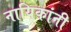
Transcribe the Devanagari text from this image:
नायिकांनी